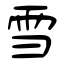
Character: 雪